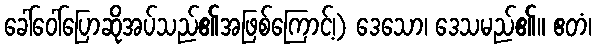
ခေါ်ဝေါ်ပြောဆိုအပ်သည်၏အဖြစ်ကြောင့်၊) ဒေသော၊ ဒေသမည်၏။ ဧတံ၊